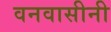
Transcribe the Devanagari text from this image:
वनवासीनी